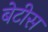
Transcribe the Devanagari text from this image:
बेटीस